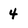
Character: 4